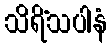
သိရိံသပါနံ